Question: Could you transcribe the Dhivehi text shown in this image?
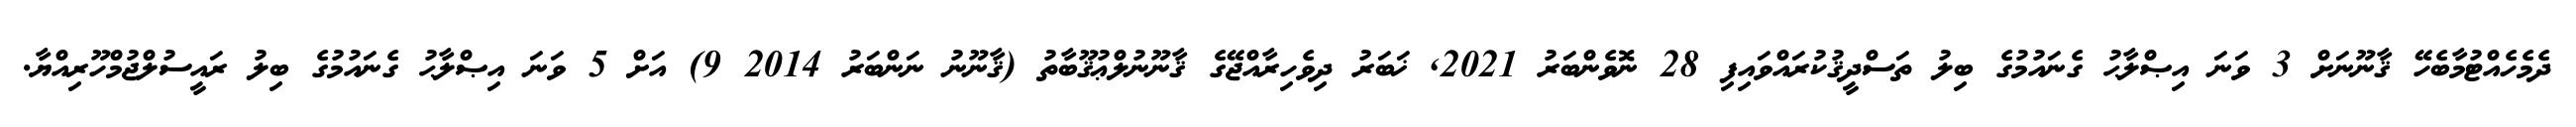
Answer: ދެމެހެއްޓުމާބެހޭ ޤާނޫނަށް 3 ވަނަ އިޞްލާޙު ގެނައުމުގެ ބިލު ތަސްދީޤުކުރައްވައިފި 28 ނޮވެންބަރު 2021, ޚަބަރު ދިވެހިރާއްޖޭގެ ޤާނޫނުލްޢުޤޫބާތު (ޤާނޫނު ނަންބަރު 2014 9) އަށް 5 ވަނަ އިޞްލާޙު ގެނައުމުގެ ބިލު ރައީސުލްޖުމްހޫރިއްޔާ.